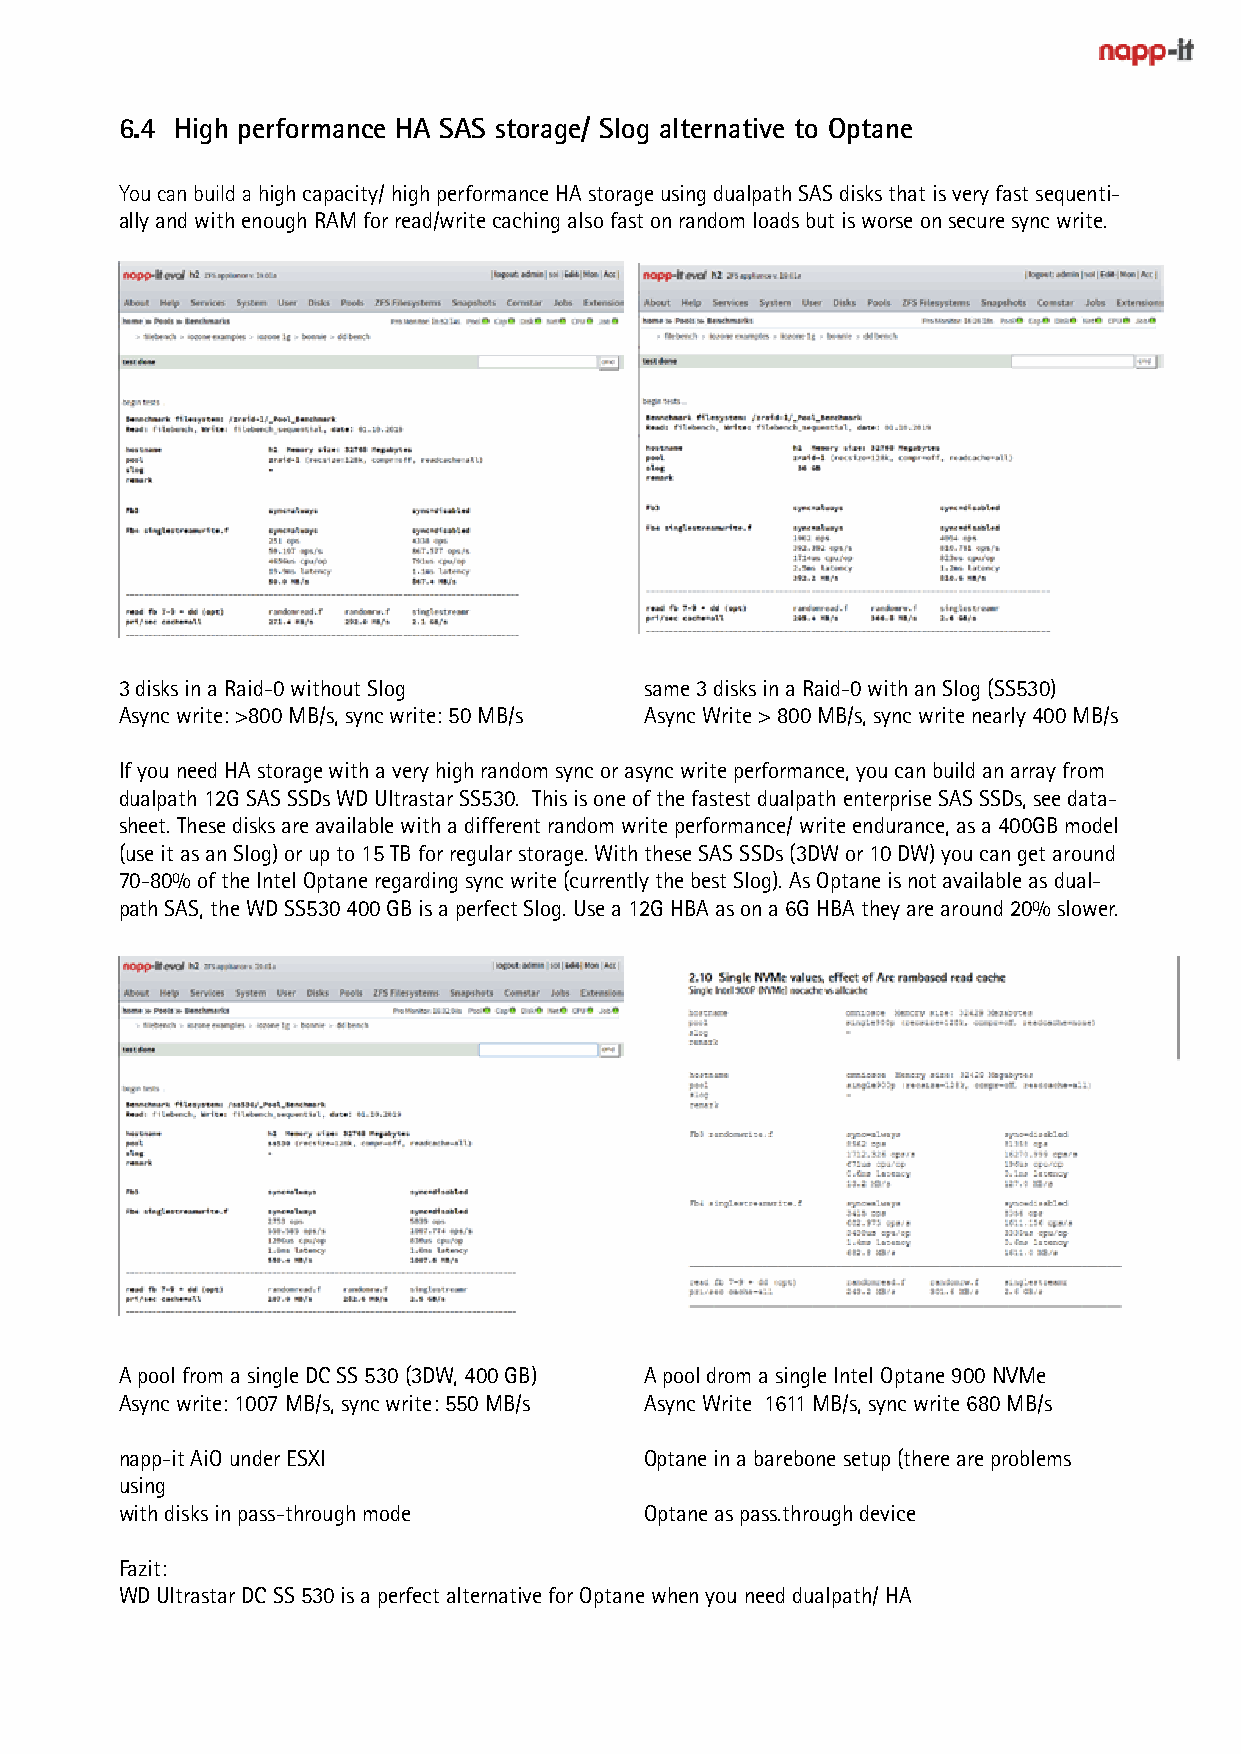
6.4 High performance HA SAS storage/ Slog alternative to Optane
 You can build a high capacity/ high performance HA storage using dualpath SAS disks that is very fast sequenti-
 ally and with enough RAM for read/write caching also fast on random loads but is worse on secure sync write.
 3 disks in a Raid-0 without Slog   same 3 disks in a Raid-0 with an Slog (SS530)
 Async write: >800 MB/s, sync write: 50 MB/s Async Write > 800 MB/s, sync write nearly 400 MB/s
 If you need HA storage with a very high random sync or async write performance, you can build an array from
 dualpath 12G SAS SSDs WD Ultrastar SS530. This is one of the fastest dualpath enterprise SAS SSDs, see data-
 sheet. These disks are available with a different random write performance/ write endurance, as a 400GB model
 (use it as an Slog) or up to 15 TB for regular storage. With these SAS SSDs (3DW or 10 DW) you can get around
 70-80% of the Intel Optane regarding sync write (currently the best Slog). As Optane is not available as dual-
 path SAS, the WD SS530 400 GB is a perfect Slog. Use a 12G HBA as on a 6G HBA they are around 20% slower.
 A pool from a single DC SS 530 (3DW, 400 GB) A pool drom a single Intel Optane 900 NVMe
 Async write: 1007 MB/s, sync write: 550 MB/s Async Write 1611 MB/s, sync write 680 MB/s
 napp-it AiO under ESXI             Optane in a barebone setup (there are problems
 using
 with disks in pass-through mode    Optane as pass.through device
 Fazit:
 WD Ultrastar DC SS 530 is a perfect alternative for Optane when you need dualpath/ HA